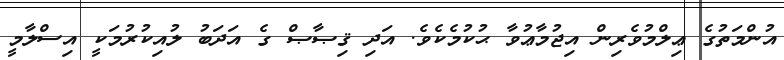
އުންމަތުގެ ޢިލްމުވެރިން އިޖުމާޢުވާ ޙުކުމެކެވެ. އަދި ޤިޞާޞް ގެ އަދަބު ލުއިކުރުމަކީ އިސްލާމީ